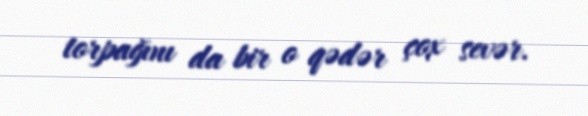
torpağını da bir o qədər çox sevər.